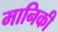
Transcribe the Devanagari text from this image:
मानिकी